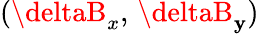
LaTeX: (\deltaB_{x},\, \deltaB_{\mathbf{y}})